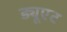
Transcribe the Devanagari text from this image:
ड्यूएट